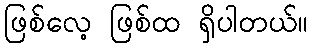
ဖြစ်လေ့ ဖြစ်ထ ရှိပါတယ်။